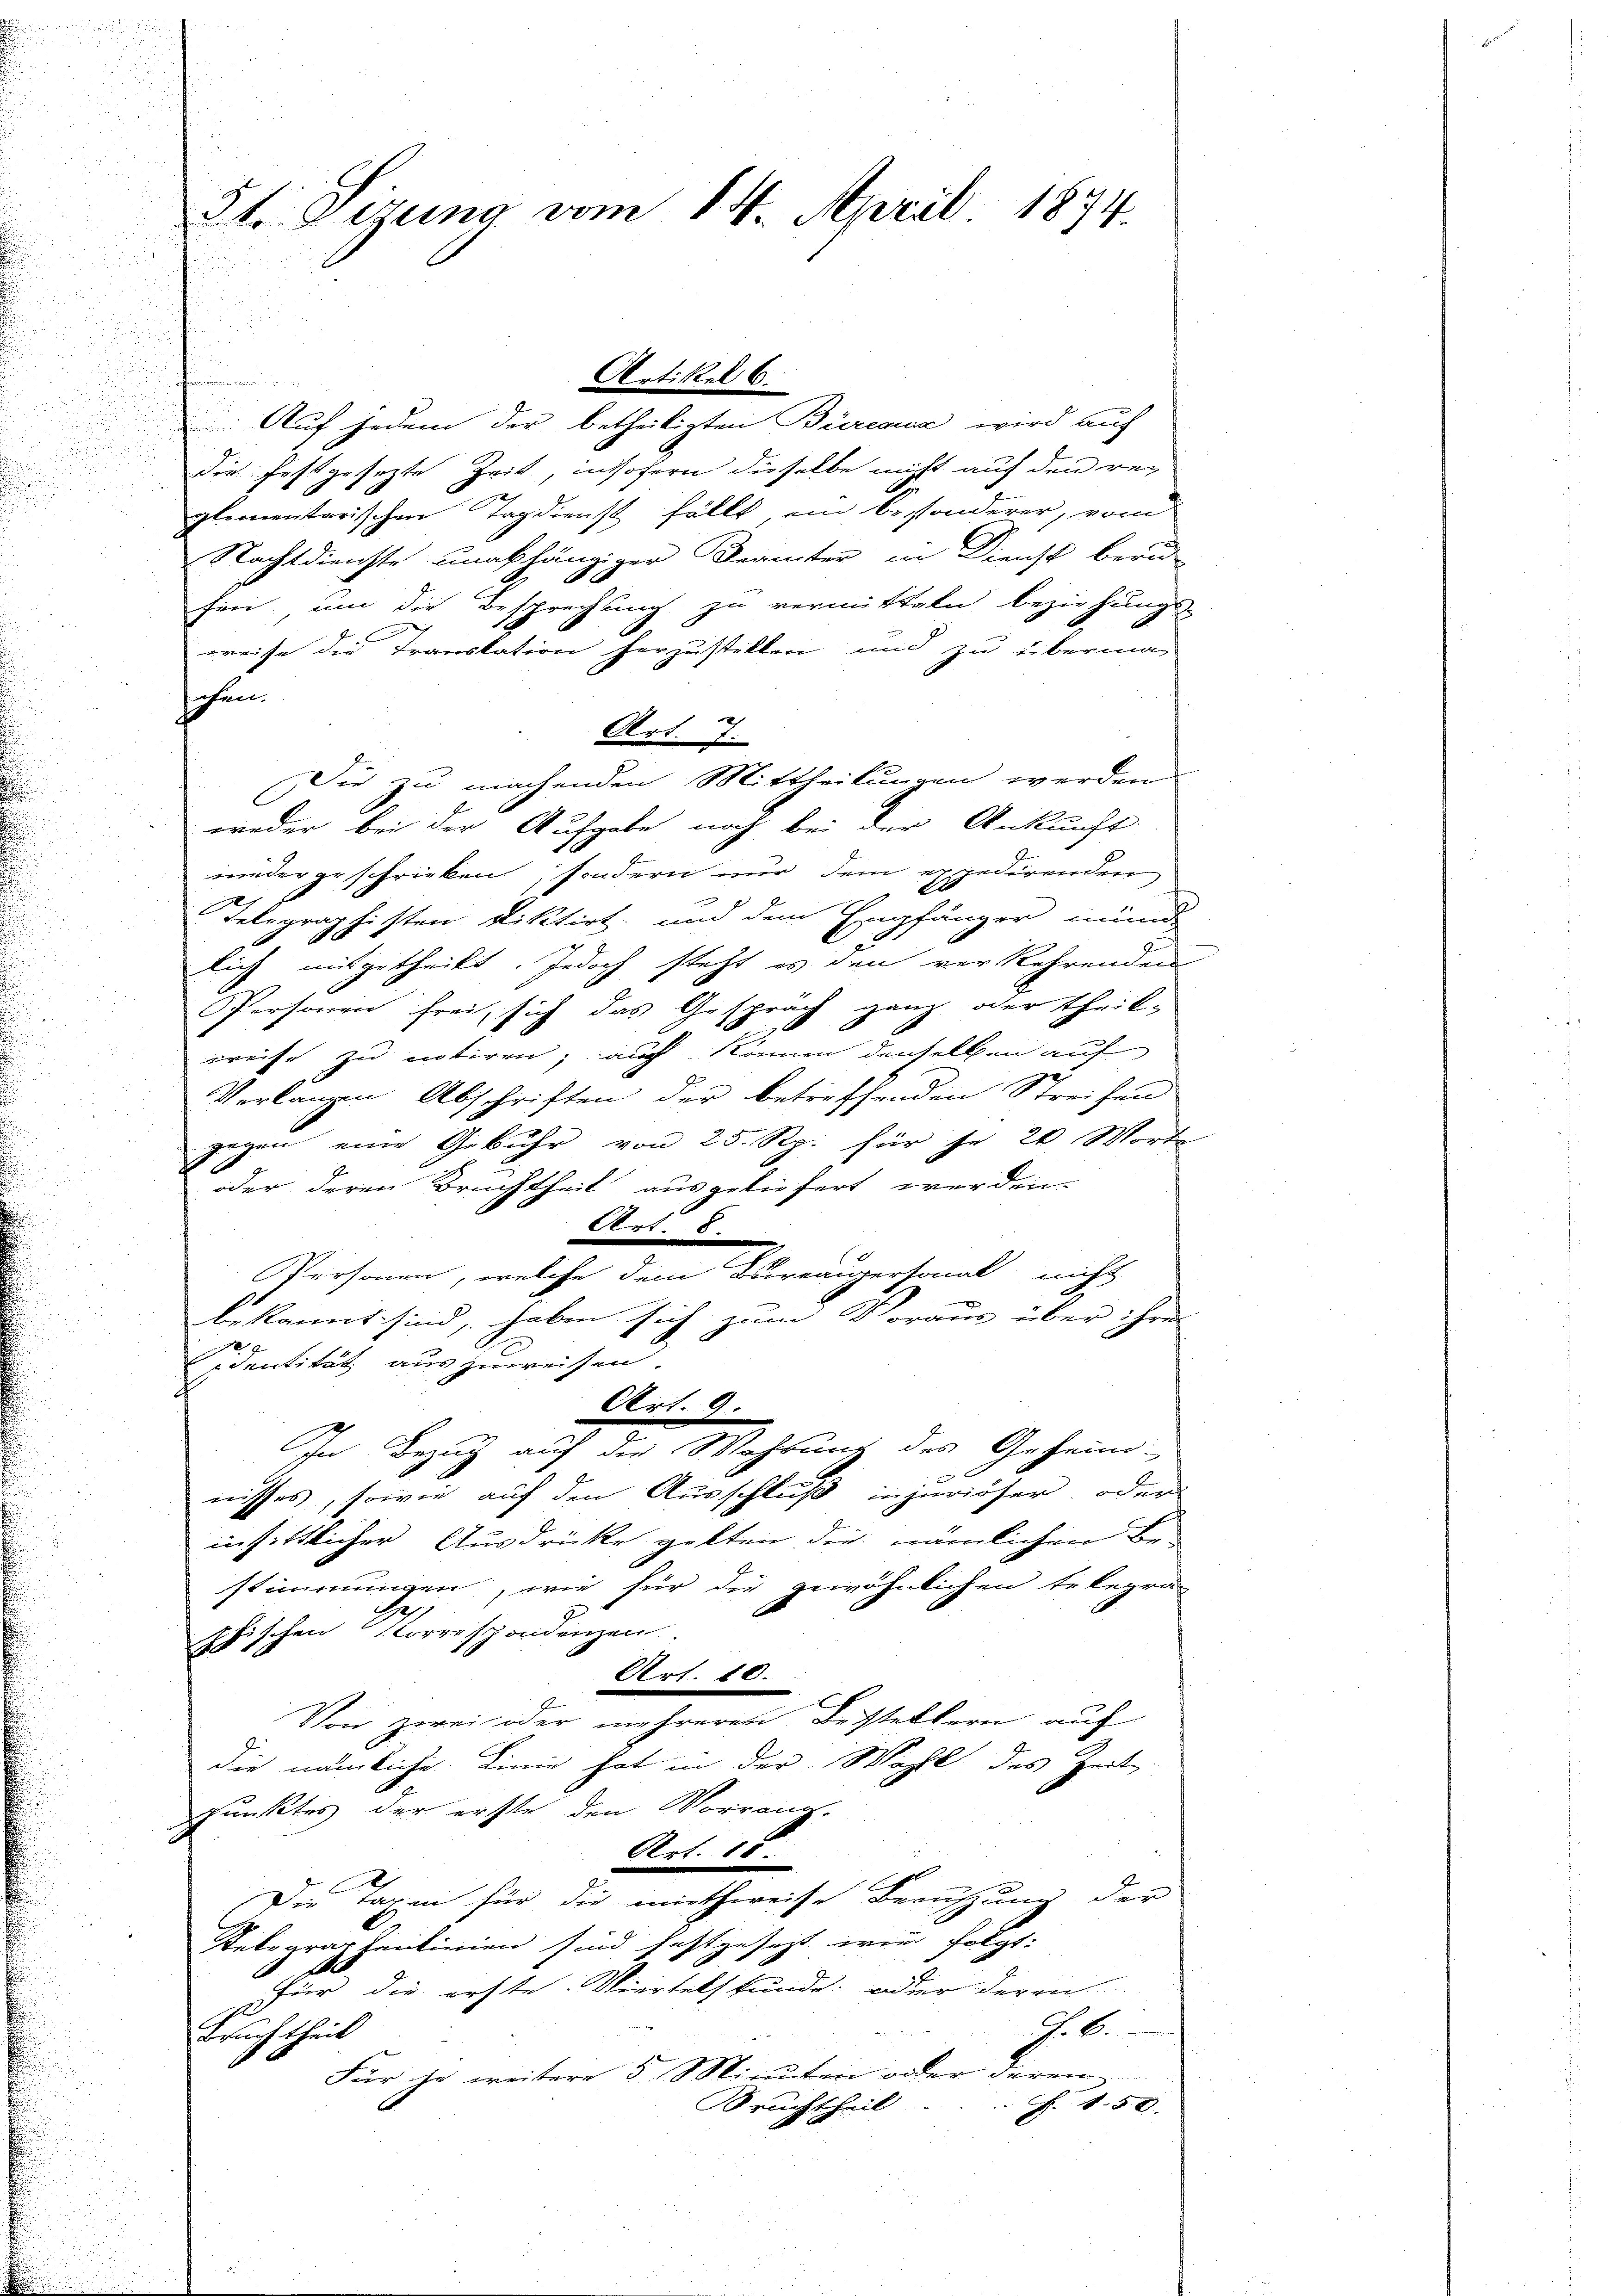
Auf jedem der betheiligten Büreaus wird auch
Die festgesetzte Zeit, insofern dieselbe nicht auf den regglementarischen Tagdienst fällt, ein bissonderer, vom
Nachtdienste unabhängiger Beamter in Dienst beru
fen, um die Besprechung zu vermitteln beziehungs-
weise die Transtation herzustillen und zu überma-
sehen.
Art. 7.
Die zu machenden Mittheilungen werden
weder bei der Aufgabe noch bei der Ankunft
niedergeschricken, sondern mir dem expedirenden
E
Telegraphisten Diktirt und dem Empfänger mund
lich mitgetheilt. Jedoch steht es den verkehrenden
Personen frei, sich das Gespräch ganz oder theil-
weise zu notiren, auch können denselben auf
Verlangen Abschriften der betreffenden Streifen
gegen eine Gebühr von 25. Rp. für je 20 Worte
oder deren Bruchtheit ausgeliefert werden.
Art. 8
Personen, welche dem Bureaigersonal nicht
bekannt sind, haben sich zum Voraus über ihres
2
Erdentität auszuweisen.
Art. 9.
In Bezug auf der Wahrung des Geheim-
nisses, sowie auf den Ausschluß injuriöser, oder
insittlicher Ausdrücke gelten die nämlichen Be-
stimmungen, wie für die gewöhnlichen Erlegra-
b
J.
phischen Korrespondenzen.
Art. 10.
Von zwei oder mehreren Besteltern auf
die nämliche Linie hat in der Wahl des Zeit
Punktes der erste den Vorrang.
Art. 15
Die Taxen für die miethweise Berufung der
Relegraphenlinien sind festgesezt wird folgt:
für die erste Viertelstunde, oder deren
F. 6.
Bruchtheil
Für je weitere 5 Minuten oder deren
Bruchtheil
F. S. 5. d.

3t. Sizung vom 14. April 1874.

Artikel 6.